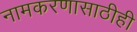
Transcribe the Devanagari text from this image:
नामकरणासाठीही